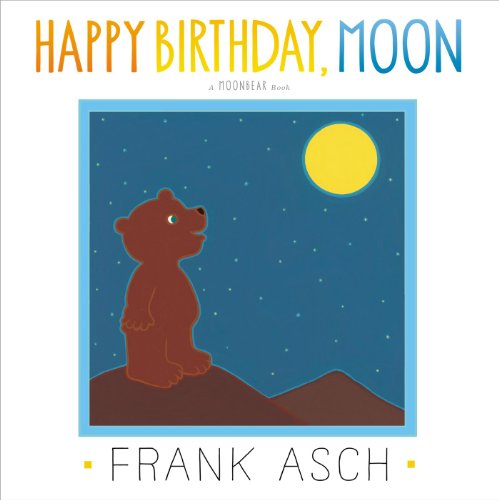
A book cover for Happy Birthday, Moon (Moonbear); Frank Asch; Children's Books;